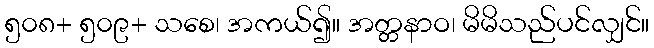
၅၀၈+ ၅၀၉+ သစေ၊ အကယ်၍။ အတ္တနာဝ၊ မိမိသည်ပင်လျှင်။